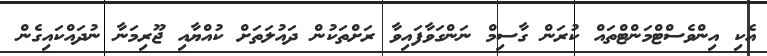
އެކި އިންވެސްޓްމަންޓްތައް ކުރަން ގާސިމް ނަންގަވާފައިވާ ރަށްތަކުން ދައުލަތަށް ކުއްޔާއި ޖޫރިމަނާ ނުދައްކައިގެން